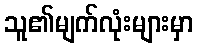
သူ၏မျက်လုံးများမှာ